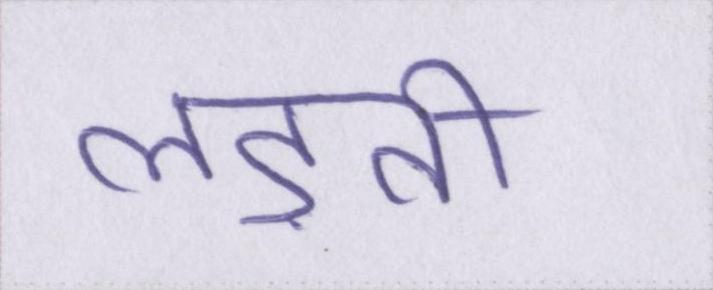
लड़ती